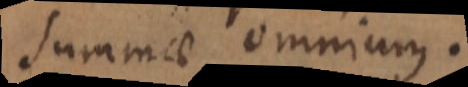
summae omnium.